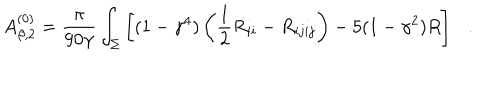
LaTeX: A _ { \beta , 2 } ^ { ( 0 ) } = { \frac { \pi } { 9 0 \gamma } } \int _ { \Sigma } \left[ ( 1 - \gamma ^ { 4 } ) \left( \frac 1 2 R _ { i i } - R _ { i j i j } \right) - 5 ( 1 - \gamma ^ { 2 } ) R \right] .